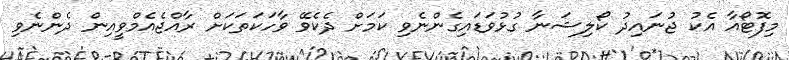
މިފޮޓޯއާ އެކު ޖުނައިދު ކޯލިޝަނާ ގުޅުވަޑައިގެންނެވި ކަމަށް ދެކެވޭ ވާހަކަތަކަށް ރާއްޖެއެމްވީއިން ދެންނެވި